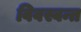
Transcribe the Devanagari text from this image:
विवस्वन्त